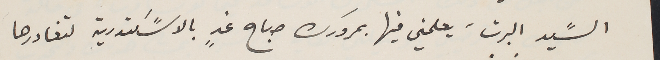
السًيد البرت، يعلمني فيها بمرورك صباح غدٍ بالاسًكندرية لتغادرها